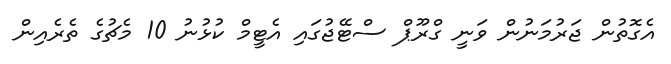
އެގޮތުން ޖަރުމަނުން ވަނީ ގްރޫޕް ސްޓޭޖުގައި އެޓީމް ކުޅުނު 10 މެޗުގެ ތެރެއިން